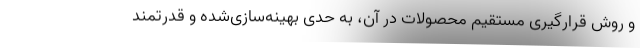
و روش قرارگیری مستقیم محصولات در آن، به حدی بهینه‌سازی‌شده و قدرتمند